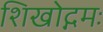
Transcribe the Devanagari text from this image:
शिखोद्गमः